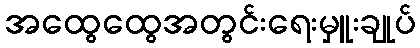
အထွေထွေအတွင်းရေးမှူးချုပ်